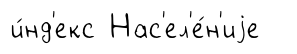
и́нд'екс Нас'ел'е́н'иjе